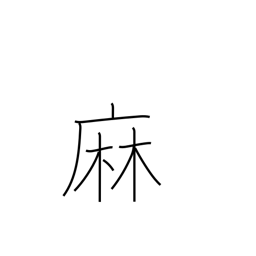
Meaning: hemp